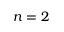
n = 2